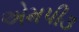
એમપી૩